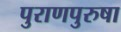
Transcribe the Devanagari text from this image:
पुराणपुरुषा